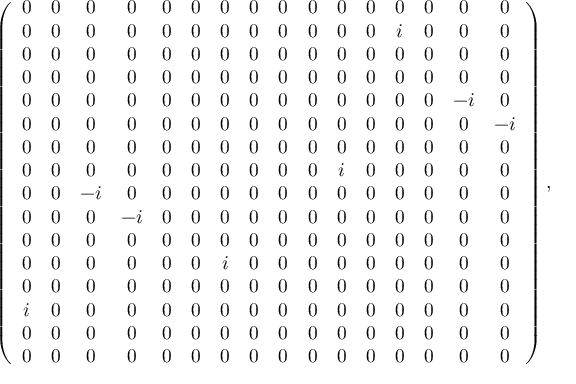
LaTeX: \left( \begin{array} { c c c c c c c c c c c c c c c c } { { 0 } } & { { 0 } } & { { 0 } } & { { 0 } } & { { 0 } } & { { 0 } } & { { 0 } } & { { 0 } } & { { 0 } } & { { 0 } } & { { 0 } } & { { 0 } } & { { 0 } } & { { 0 } } & { { 0 } } & { { 0 } } \\ { { 0 } } & { { 0 } } & { { 0 } } & { { 0 } } & { { 0 } } & { { 0 } } & { { 0 } } & { { 0 } } & { { 0 } } & { { 0 } } & { { 0 } } & { { 0 } } & { { i } } & { { 0 } } & { { 0 } } & { { 0 } } \\ { { 0 } } & { { 0 } } & { { 0 } } & { { 0 } } & { { 0 } } & { { 0 } } & { { 0 } } & { { 0 } } & { { 0 } } & { { 0 } } & { { 0 } } & { { 0 } } & { { 0 } } & { { 0 } } & { { 0 } } & { { 0 } } \\ { { 0 } } & { { 0 } } & { { 0 } } & { { 0 } } & { { 0 } } & { { 0 } } & { { 0 } } & { { 0 } } & { { 0 } } & { { 0 } } & { { 0 } } & { { 0 } } & { { 0 } } & { { 0 } } & { { 0 } } & { { 0 } } \\ { { 0 } } & { { 0 } } & { { 0 } } & { { 0 } } & { { 0 } } & { { 0 } } & { { 0 } } & { { 0 } } & { { 0 } } & { { 0 } } & { { 0 } } & { { 0 } } & { { 0 } } & { { 0 } } & { { - i } } & { { 0 } } \\ { { 0 } } & { { 0 } } & { { 0 } } & { { 0 } } & { { 0 } } & { { 0 } } & { { 0 } } & { { 0 } } & { { 0 } } & { { 0 } } & { { 0 } } & { { 0 } } & { { 0 } } & { { 0 } } & { { 0 } } & { { - i } } \\ { { 0 } } & { { 0 } } & { { 0 } } & { { 0 } } & { { 0 } } & { { 0 } } & { { 0 } } & { { 0 } } & { { 0 } } & { { 0 } } & { { 0 } } & { { 0 } } & { { 0 } } & { { 0 } } & { { 0 } } & { { 0 } } \\ { { 0 } } & { { 0 } } & { { 0 } } & { { 0 } } & { { 0 } } & { { 0 } } & { { 0 } } & { { 0 } } & { { 0 } } & { { 0 } } & { { i } } & { { 0 } } & { { 0 } } & { { 0 } } & { { 0 } } & { { 0 } } \\ { { 0 } } & { { 0 } } & { { - i } } & { { 0 } } & { { 0 } } & { { 0 } } & { { 0 } } & { { 0 } } & { { 0 } } & { { 0 } } & { { 0 } } & { { 0 } } & { { 0 } } & { { 0 } } & { { 0 } } & { { 0 } } \\ { { 0 } } & { { 0 } } & { { 0 } } & { { - i } } & { { 0 } } & { { 0 } } & { { 0 } } & { { 0 } } & { { 0 } } & { { 0 } } & { { 0 } } & { { 0 } } & { { 0 } } & { { 0 } } & { { 0 } } & { { 0 } } \\ { { 0 } } & { { 0 } } & { { 0 } } & { { 0 } } & { { 0 } } & { { 0 } } & { { 0 } } & { { 0 } } & { { 0 } } & { { 0 } } & { { 0 } } & { { 0 } } & { { 0 } } & { { 0 } } & { { 0 } } & { { 0 } } \\ { { 0 } } & { { 0 } } & { { 0 } } & { { 0 } } & { { 0 } } & { { 0 } } & { { i } } & { { 0 } } & { { 0 } } & { { 0 } } & { { 0 } } & { { 0 } } & { { 0 } } & { { 0 } } & { { 0 } } & { { 0 } } \\ { { 0 } } & { { 0 } } & { { 0 } } & { { 0 } } & { { 0 } } & { { 0 } } & { { 0 } } & { { 0 } } & { { 0 } } & { { 0 } } & { { 0 } } & { { 0 } } & { { 0 } } & { { 0 } } & { { 0 } } & { { 0 } } \\ { { i } } & { { 0 } } & { { 0 } } & { { 0 } } & { { 0 } } & { { 0 } } & { { 0 } } & { { 0 } } & { { 0 } } & { { 0 } } & { { 0 } } & { { 0 } } & { { 0 } } & { { 0 } } & { { 0 } } & { { 0 } } \\ { { 0 } } & { { 0 } } & { { 0 } } & { { 0 } } & { { 0 } } & { { 0 } } & { { 0 } } & { { 0 } } & { { 0 } } & { { 0 } } & { { 0 } } & { { 0 } } & { { 0 } } & { { 0 } } & { { 0 } } & { { 0 } } \\ { { 0 } } & { { 0 } } & { { 0 } } & { { 0 } } & { { 0 } } & { { 0 } } & { { 0 } } & { { 0 } } & { { 0 } } & { { 0 } } & { { 0 } } & { { 0 } } & { { 0 } } & { { 0 } } & { { 0 } } & { { 0 } } \end{array} \right) ,